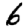
Digit: 6